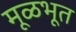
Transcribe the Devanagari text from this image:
मूळभूत